Bombay plague: being a history of the progress of plague in the Bombay presidency from September 1896 to June 1899
Year: 1896
Disease focus: Plague
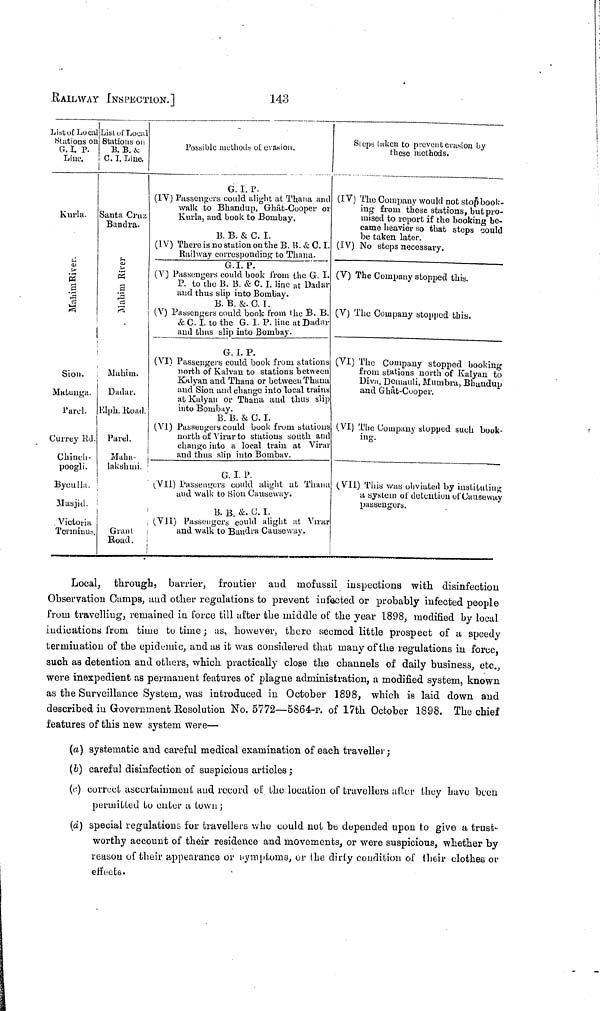
RAILWAY INSPECTION.]
143
List of Local
Stations on
G. I. P.
Linc.
Kurla.
Mahim River
Sion.
Matunga.
Parel.
Currey Rd.
Chinch-
poogli.
Byculla.
Masjid.
Victoria.
Terininus.
List of Local
Stations on
B. B. &
C. I. Line.
Santa Cruz
Bandra.
Mahim River
Mahim.
Dadar.
Elph. Road.
Parel.
Maha-
lakshmi.
Grant
Road.
Possible methods of evasion.
G. 1. P.
(IV) Passengers could alight at Thana and
walk to Bhandup, Ghat-Cooper or
Kurla, and book to Bombay.
B. B. & C. I.
(IV) There is no station on the B. B. & C. I.
Railway corresponding to Thana.
G.I. P.
(V) Passengers could book from the G. I.
P. to the B. B. & C. I. line at Dadar
and thus slip into Bombay.
B. B. &. 0. I.
(V) Passengers could book from the B. B.
& C. I. to the G. I. P. line at Dadar
and thus slip into Bombay.
G. I. P.
(VI) Passengers could book from stations
north of Kalvan to stations between
Kalyan and Thana or between Thana
and Sion and change into local trains
at Kalyan or Thana and thus slip
into Bombay.
B. B. & C. I.
(VI) Passengers could book from stations
north of Virar to stations youth and
change into a local train at Virai
and thus slip into Bombay.
G. I. P.
(VII) Passengers could alight at Thana
und walk to Sion Causeway.
B. B. &. C. I.
(VII) Passengers could alight at Virar
and walk to Bandra Causeway.
Steps taken to prevent evasion by
these methods.
(IV) The Company would not stop book-
ing from these stations, but pro-
mised to report if the booking be-
came heavier so that steps could
be taken later.
(IV) No steps necessary.
(V) The Company stopped this.
(V) The Company stopped this.
(VI) The Company stopped booking
from stations north of Kalyan to
Diva, Demauli, Mumbra, Bhandup
and Ghat-Cooper.
(VI) The Company stopped such book-
ing.
(VII) This was obviated by instituting
a system of detention of Causeway
passengers.
Local, through, barrier, frontier and mofussil inspections with disinfection
Observation Camps, and other regulations to prevent infected or probably infected people
from travelling, remained in force till after the middle of the year 1898, modified by local
indications from time to time ; as, however, there seemed little prospect of a speedy
termination of the epidemic, and as it was considered that many of the regulations in force,
such as detention and others, which practically close the channels of daily business, etc.,
were inexpedient as permanent features of plague administration, a modified system, known
as the Surveillance System, was introduced in October 1898, which is laid down and
described in Government Resolution No. 5772—5864-p. of 17th October 1898. The chief
features of this new system were—
(a) systematic and careful medical examination of each traveller ;
(b) careful disinfection of suspicious articles ;
(c.) correct ascertainment and record of the locution of travellers after they have been
permitted to enter a town ;
(d) special regulations for travellers who could not be depended upon to give a trust-
worthy account of their residence and movements, or were suspicious, whether by
reason of their appearance or symptoms, or the dirty condition of their clothes or
effects.